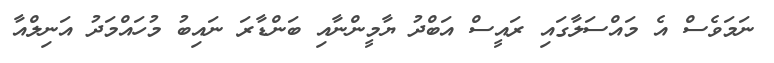
ނަމަވެސް އެ މައްސަލާގައި ރައީސް އަބްދު ޔާމީންނާއި ބަންޑާރަ ނައިބު މުހައްމަދު އަނިލްއާ